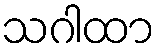
သဂါထာ